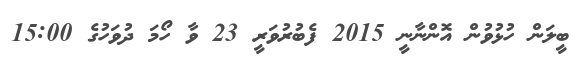
ބީލަން ހުޅުވުން އޮންނާނީ 2015 ފެބުރުވަރީ 23 ވާ ހޯމަ ދުވަހުގެ 15:00